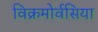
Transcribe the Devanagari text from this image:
विक्रमोर्वसिया